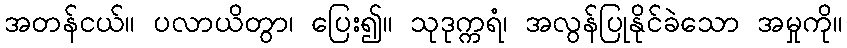
အတန်ငယ်။ ပလာယိတွာ၊ ပြေး၍။ သုဒုက္ကရံ၊ အလွန်ပြုနိုင်ခဲသော အမှုကို။